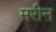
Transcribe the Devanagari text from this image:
मरीऩ